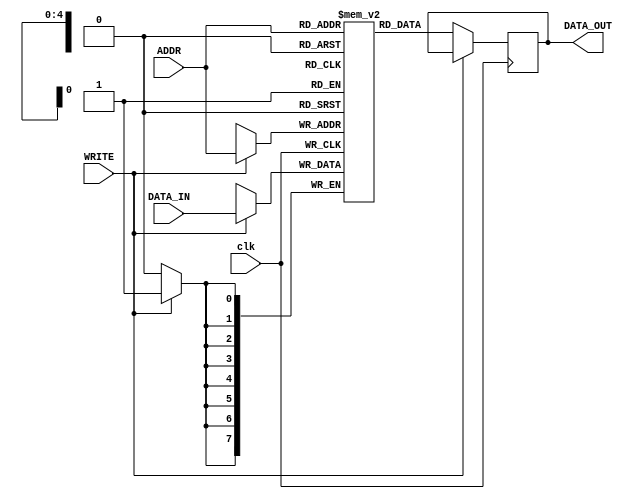
module RAM #(parameter RAM_LOCATIONS = 32, 	parameter RAM_BITS = 8)(input [RAM_BITS - 1:0] DATA_IN, input [4:0] ADDR, input WRITE, clk, output reg[RAM_BITS - 1:0] DATA_OUT);
	

	
	reg [RAM_BITS - 1: 0] RAM [RAM_LOCATIONS - 1:0];
		//Program to calculate the GCD of 2 numbers
	initial begin
		RAM[0]  = 8'b10000000;	// IN A
		RAM[1]  = 8'b00111110;	// STORE A into address 11110
		RAM[2]  = 8'b10000000;	// IN A
		RAM[3]  = 8'b00111111;  // STORE A into address 11111
		RAM[4]  = 8'b00011110;	// LOAD Content of 11110 to A (Load first A to A)
		RAM[5]  = 8'b01111111;	// SUB A with Content of 11111 (First A - Second A)
		RAM[6]  = 8'b10110000;  // JUMP to 10000[0] if A equals 0
		RAM[7]  = 8'b11001100;  // JUMP to 01100[12] if A equals positive (First A > Second A)
		RAM[8]  = 8'b00011111;  // STORE A into address 11111
		RAM[9]  = 8'b01111110;	// SUB A with Content of 11110
		RAM[10] = 8'b00111111;  // STORE A into address 11111
		RAM[11] = 8'b11000100;	// JUMP to 01100 if A equals positive
		RAM[12] = 8'b00011110;  // STORE A into address 11110 (Store subtracted A back to original first A location)
		RAM[13] = 8'b01111111;	// SUB A with Content of 11111 (Second A - subtracted A)

		RAM[14] = 8'b00111110;  // STORE A into address 11110
		RAM[15] = 8'b11000100;	// JUMP to 00100 if A equals positive
		RAM[16] = 8'b00011110;	// LOAD Content of 11110 to A
		RAM[17] = 8'b11111111;  // HALT
		RAM[30] = 8'b00000000;
		RAM[31] = 8'b00000000;
	end	
	
	// PC Count	: Instruction code: Desc
	//  00000	: 100 00000; -- INPUT A
	//  00001	: 001 11110; -- STORE A -> 11110
	//  00010	: 100 00000; -- INPUT A
	//  00011	: 001 11111; -- STORE A -> 11111
	//  00100	: 000 11110; -- LOAD (11110) -> A
	//  00101	: 011 11111; -- A = A - (11111)
	//  00110	: 101 10000; -- JUMP to PC (10000) if A = 0
	//  00111	: 110 01100; -- JUMP to PC (01100) if A = +ve
	//	01000	: 000 11111; -- STORE A -> 11111
	//  01001	: 011 11110; -- A = A - (11110)  
	//  01010	: 001 11111; -- STORE A -> 11111
	//  01011	: 110 00100; -- JUMP to PC (01100) if A = +ve
	//  01100	: 000 11110; -- STORE A -> 11110
	//  01101	: 011 11111; -- A = A - 11111
	//  01110   : 001 11110; -- STORE A -> 11110
	//  01111   : 110 00100; -- JUMP to PC (00100) if A = +ve
	//  10000	: 000 11110; -- LOAD (11110) -> A
	//  10001	: 111 11111; -- HALT    
	   
	/*	Exampel from Lab Manual
	initial 
	begin
	RAM[0] = 8'b10000000; -- INPUT A
	RAM[1] = 8'b01111111; -- A = A - (11111)
	RAM[2] = 8'b10100100; -- JUMP to PC (00100) if A = 0
	RAM[3] = 8'b11000001; -- JUMP to PC (00001) if A = +ve
	RAM[4] = 8'b11111111; -- HALT
	RAM[31]= 8'b00000001; -- CONSTANT 1
	end
	*/
	always@(posedge clk)
	    if(WRITE)
			RAM[ADDR] <= DATA_IN;
		else
			DATA_OUT <= RAM[ADDR];
			
endmodule